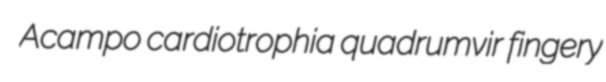
Acampo cardiotrophia quadrumvir fingery